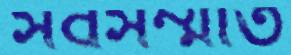
সর্বসম্মতি